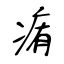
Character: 痏